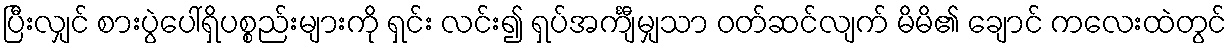
ပြီးလျှင် စားပွဲပေါ်ရှိပစ္စည်းများကို ရှင်း လင်း၍ ရှပ်အင်္ကျီမျှသာ ဝတ်ဆင်လျက် မိမိ၏ ချောင် ကလေးထဲတွင်